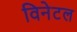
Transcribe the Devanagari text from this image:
विनेटल